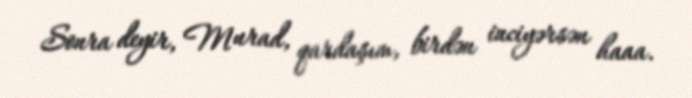
Sonra deyir, Murad, qardaşım, birdən inciyərsən haaa.